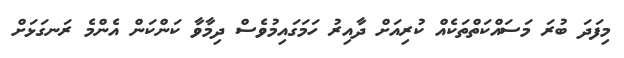
މިފަދަ ބުރަ މަސައްކަތްތަކެއް ކުރިއަށް ދާއިރު ހަމަގައިމުވެސް ދިމާވާ ކަންކަން އެންމެ ރަނގަޅަށް